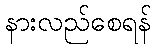
နားလည်စေရန်